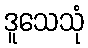
ဒူသေသုံ